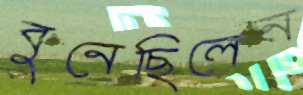
বুনেছিলেন